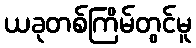
ယခုတစ်ကြိမ်တွင်မူ